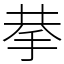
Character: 拲